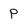
Character: P